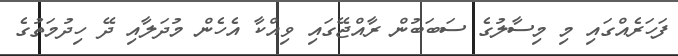
ފަހަރެއްގައި މި މިސާލުގެ ސަބަބުން ރާއްޖޭގައި ވިއްކާ އެހެން މުދަލާއި ދޭ ހިދުމަތުގެ